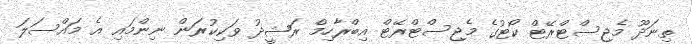
ތިނަދޫ މެޖިސްޓްރޭޓް ކޯޓުގެ މެޖިސްޓްރޭޓް އިބްރާހިމް ރަޝީދު ވަކިކުރަން ނިންމައި އެ މައްސަލަ